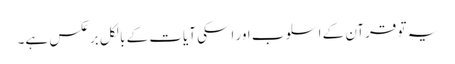
یہ تو قرآن کے اسلوب اور اسکی آیات کے بالکل برعکس ہے۔